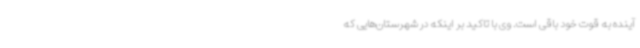
آینده به قوت خود باقی است. وی با تاکید بر اینکه در شهرستان‌هایی که